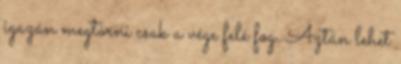
igazán megtörni csak a vége felé fog. Aztán lehet